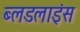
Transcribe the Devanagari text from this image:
ब्लडलाइंस